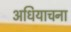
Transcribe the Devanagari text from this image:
अधियाचना